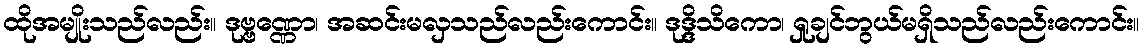
ထိုအမျိုးသည်လည်း။ ဒုဗ္ဗဏ္ဏော၊ အဆင်းမလှသည်လည်းကောင်း။ ဒုဒ္ဒိသိကော၊ ရှုချင်ဘွယ်မရှိသည်လည်းကောင်း။